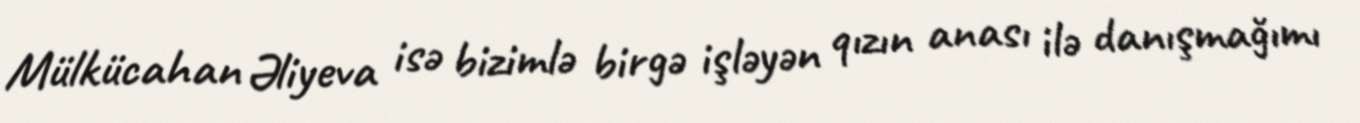
Mülkücahan Əliyeva isə bizimlə birgə işləyən qızın anası ilə danışmağımı